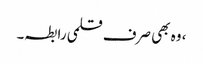
، وہ بھی صرف قلمی رابطہ۔